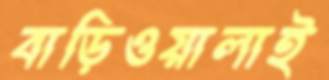
বাড়িওয়ালাই